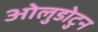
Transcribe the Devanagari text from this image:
ओलुडोटुन